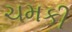
ચમકી